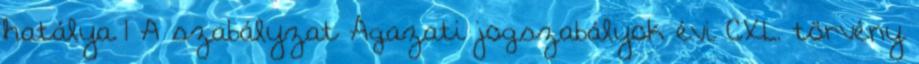
hatálya 1 A szabályzat Ágazati jogszabályok évi CXL. törvény